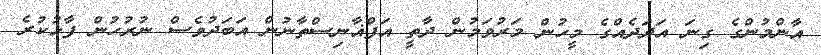
އާންމުންގެ ގިނަ އަދަދެއްގެ މީހުން މަރުވަމުން ދާތީ އަފްޣާނިސްތާނުން އަބަދުވެސް ނުރުހުން ފާޅުކުރެ